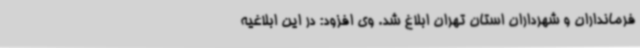
فرمانداران و شهرداران استان تهران ابلاغ شد. وی افزود: در این ابلاغیه